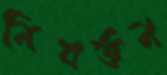
নিবর্তন